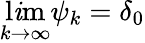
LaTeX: \operatorname*{l\mathit{i}m}_{k\to\infty}\psi_{k}=\delta_{0}